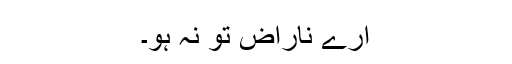
ارے ناراض تو نہ ہو۔